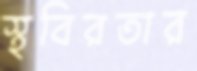
স্থবিরতার